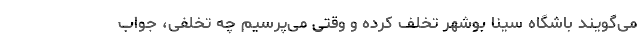
می‌گویند باشگاه سینا بوشهر تخلف کرده و وقتی می‌پرسیم چه تخلفی، جواب